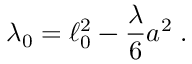
\lambda _ { 0 } = \ell _ { 0 } ^ { 2 } - \frac { \lambda } { 6 } a ^ { 2 } \; .